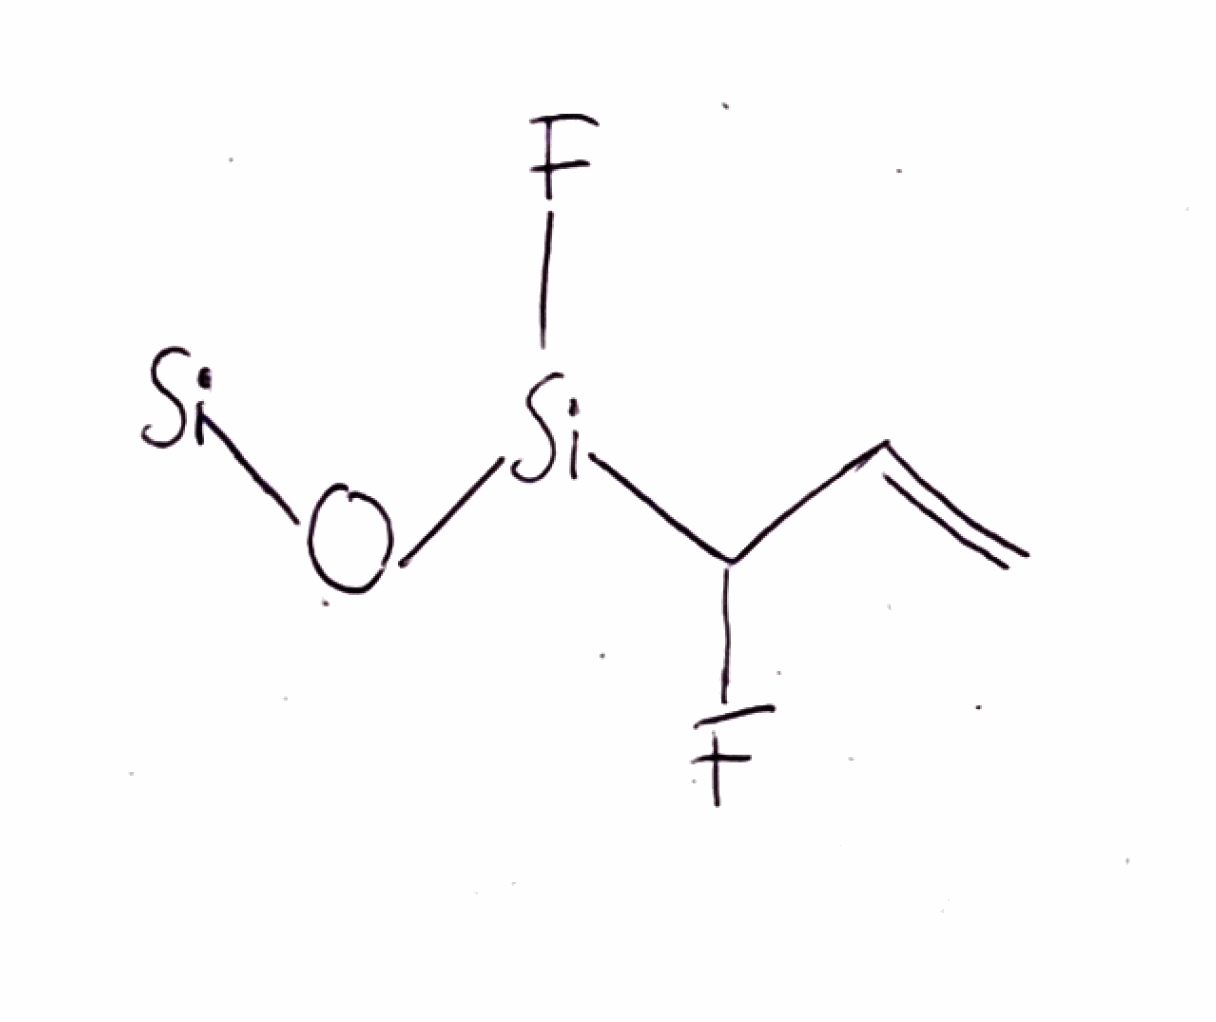
Simplified molecular-input line-entry system (SMILES) notation of the given molecule:
C=CC(F)[Si](O[Si])F